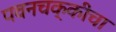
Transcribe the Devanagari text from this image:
पवनचक्कीचा